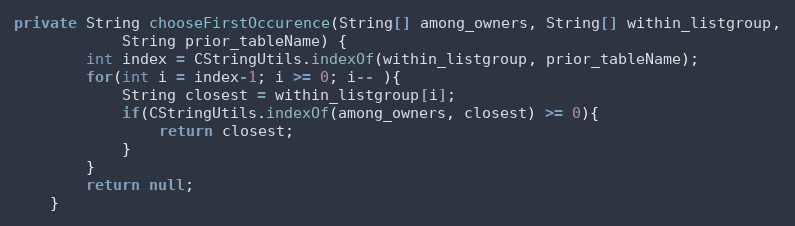
Language: Java
private String chooseFirstOccurence(String[] among_owners, String[] within_listgroup,
			String prior_tableName) {
		int index = CStringUtils.indexOf(within_listgroup, prior_tableName);
		for(int i = index-1; i >= 0; i-- ){
			String closest = within_listgroup[i];
			if(CStringUtils.indexOf(among_owners, closest) >= 0){
				return closest;
			}
		}
		return null;
	}